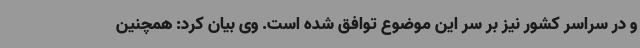
و در سراسر کشور نیز بر سر این موضوع توافق شده است. وی بیان کرد: همچنین